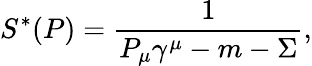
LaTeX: S^{*}(P)=\frac{1}{P_{\mu}\gamma^{\mu}-m-\Sigma},